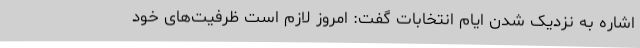
اشاره به نزدیک شدن ایام انتخابات گفت: امروز لازم است ظرفیت‌های خود